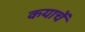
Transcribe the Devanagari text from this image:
कयाचें